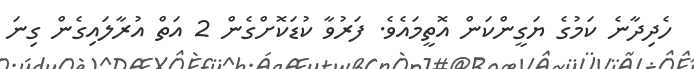
ހެދިދާނެ ކަމުގެ ޔަގީންކަން އޮތީމައެވެ. ފަރުވާ ކުޑަކޮށްގެން 2 އަތް އުރާލައިގެން ގިނަ